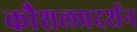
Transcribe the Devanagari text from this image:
कौशलप्रदर्शन